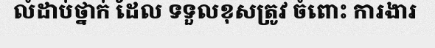
លំដាប់ថ្នាក់ ដែល ទទួលខុសត្រូវ ចំពោះ ការងារ